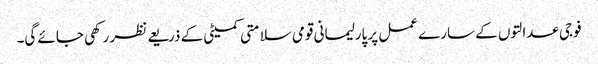
فوجی عدالتوں کے سارے عمل پر پارلیمانی قومی سلامتی کمیٹی کے ذریعے نظر رکھی جائے گی۔